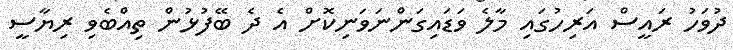
ދުވަހު ރައީސް އަރިހުގައި މާލެ ވަޑައިގަންނަވަނިކޮށް އެ ދެ ބޭފުޅުން ތިއްބެވި ރިޔާސީ